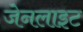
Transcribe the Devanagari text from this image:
जेनलाइट